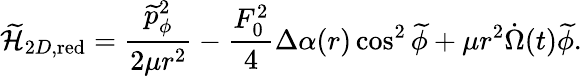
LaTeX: \widetilde{\cal H}_{2D,\mathrm{red}}=\frac{\widetilde{p}_{\phi}^{2}}{2\mu r^{2}}-\frac{F_{0}^{2}}{4}\Delta\alpha(r)\cos^{2}\widetilde{\phi}+\mu r^{2}\dot{\Omega}(t)\widetilde{\phi}.